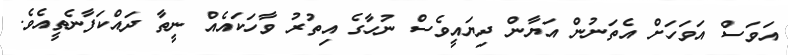
އަވަސް އަވަހަށް އެތަނުން އަޔާން ދިޔައީވެސް ނުހާގެ އިތުރު ވާހަކައެއް ނީތާ ދައްކަފާނެތީއެވެ.